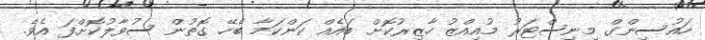
ހައުސިންގް މިނިސްޓަރު މުއިއްޒު ހާޒިރުކޮށް ބައެއް ކަންކަމާ ބެހޭ ގޮތުން ސުވާލުކޮށްފަ އެވެ.